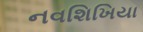
નવશિખિયા